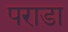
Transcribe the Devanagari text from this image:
पराडा